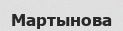
Мартынова